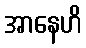
အာနေဟိ